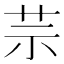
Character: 䒬